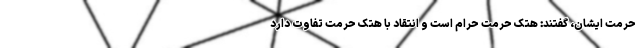
حرمت ایشان، گفتند: هتک حرمت حرام است و انتقاد با هتک حرمت تفاوت دارد